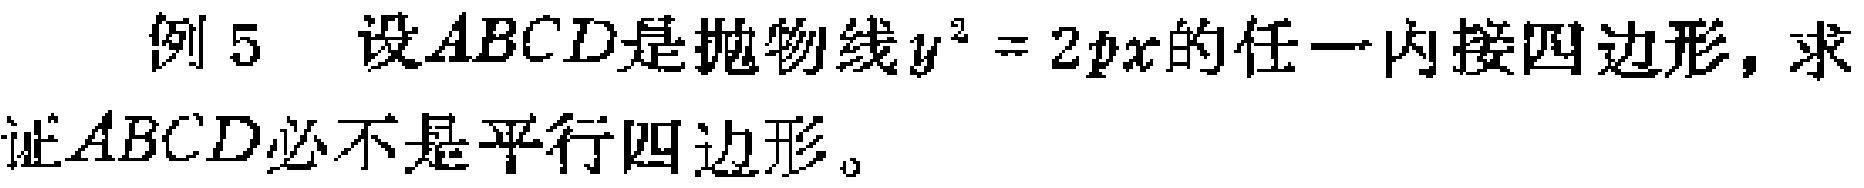
例 5 设$ABCD$是抛物线$y^{2}=2px$的任一内接四边形，求证$ABCD$必不是平行四边形。